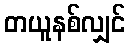
တယူနစ်လျှင်